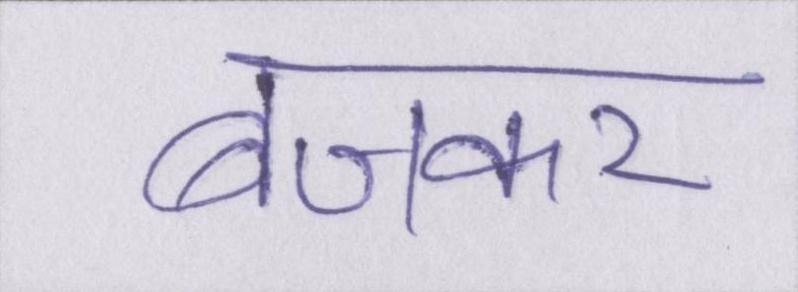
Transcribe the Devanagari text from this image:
बजकर